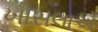
ખોસલાએ